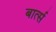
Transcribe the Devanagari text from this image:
बार्त्स